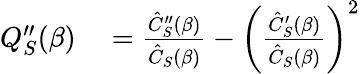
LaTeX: \begin{array}{rl}{Q_{S}^{\prime\prime}(\beta)}&{{}=\frac{\hat{C}_{S}^{\prime\prime}(\beta)}{\hat{C}_{S}(\beta)}-\left(\frac{\hat{C}_{S}^{\prime}(\beta)}{\hat{C}_{S}(\beta)}\right)^{2}}\end{array}